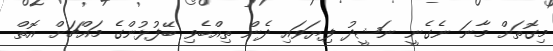
މިގޮތަށް މާނަ ނެގެނީ ނަޝީދު ފިޔަވައި ދެން ތިއްބެވި ބޭފުޅުންގެ މައްޗަށް އޮތް